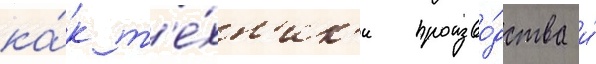
ка́к т'е́хн'ик'и произво́дства и́